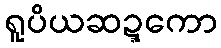
ရူပိယဆဍ္ဍကော